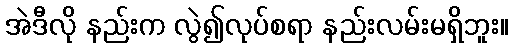
အဲဒီလို နည်းက လွဲ၍လုပ်စရာ နည်းလမ်းမရှိဘူး။